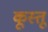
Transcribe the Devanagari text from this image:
कूस्तू